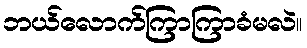
ဘယ်လောက်ကြာကြာခံမလဲ။